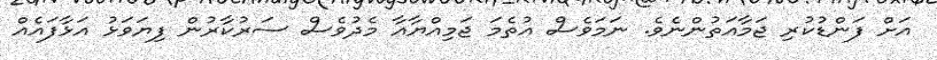
އަށް ފަންޑުކުރި ޖަމާއަތުންނެވެ. ނަަމަވެސް އުތެމަ ޖަމިއްޔާއާ މެދުވެސް ސަރުކާރުން ފިޔަވަޅު އަޅާފައެއް